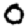
Digit: 0